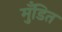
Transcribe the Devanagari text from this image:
मुँडित